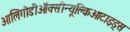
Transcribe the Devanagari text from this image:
ओलिगोडीऑक्सीन्यूक्लिओटाइड्स